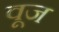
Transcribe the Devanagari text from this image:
वूज